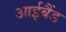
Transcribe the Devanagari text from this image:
आईबैंड